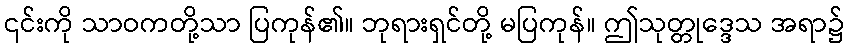
၎င်းကို သာဝကတို့သာ ပြကုန်၏။ ဘုရားရှင်တို့ မပြကုန်။ ဤသုတ္တုဒ္ဒေသ အရာ၌